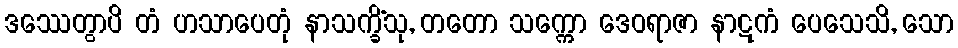
ဒဿေတွာပိ တံ ဟသာပေတုံ နာသက္ခိံသု, တတော သက္ကော ဒေဝရာဇာ နာဋကံ ပေသေသိ, သော